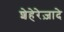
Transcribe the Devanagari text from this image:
शेहेरेज़ादे